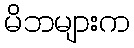
မိဘများက